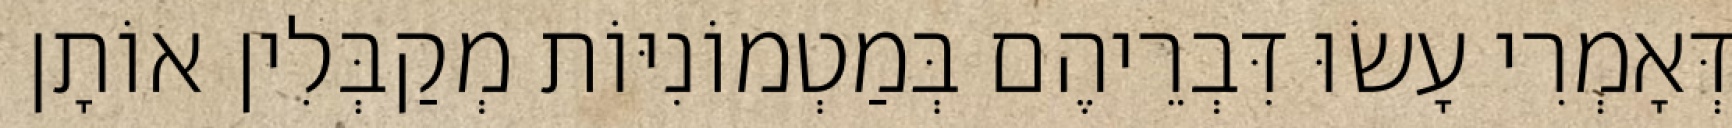
דְּאָמְרִי עָשׂוּ דִּבְרֵיהֶם בְּמַטְמוֹנִיּוֹת מְקַבְּלִין אוֹתָן